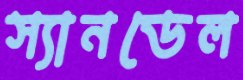
স্যানডেল